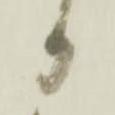
か